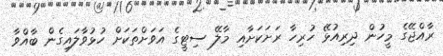
ރާއްޖޭގެ މީހުން ދިރިއުޅޭ ހުރިހާ ރަށަކަށާއި މާލޭ ސިޓީގެ އަވަށްތަކަށް ހުޅުވާލައިގެން ބާއްވާ